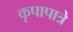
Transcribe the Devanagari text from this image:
कृपापात्रे